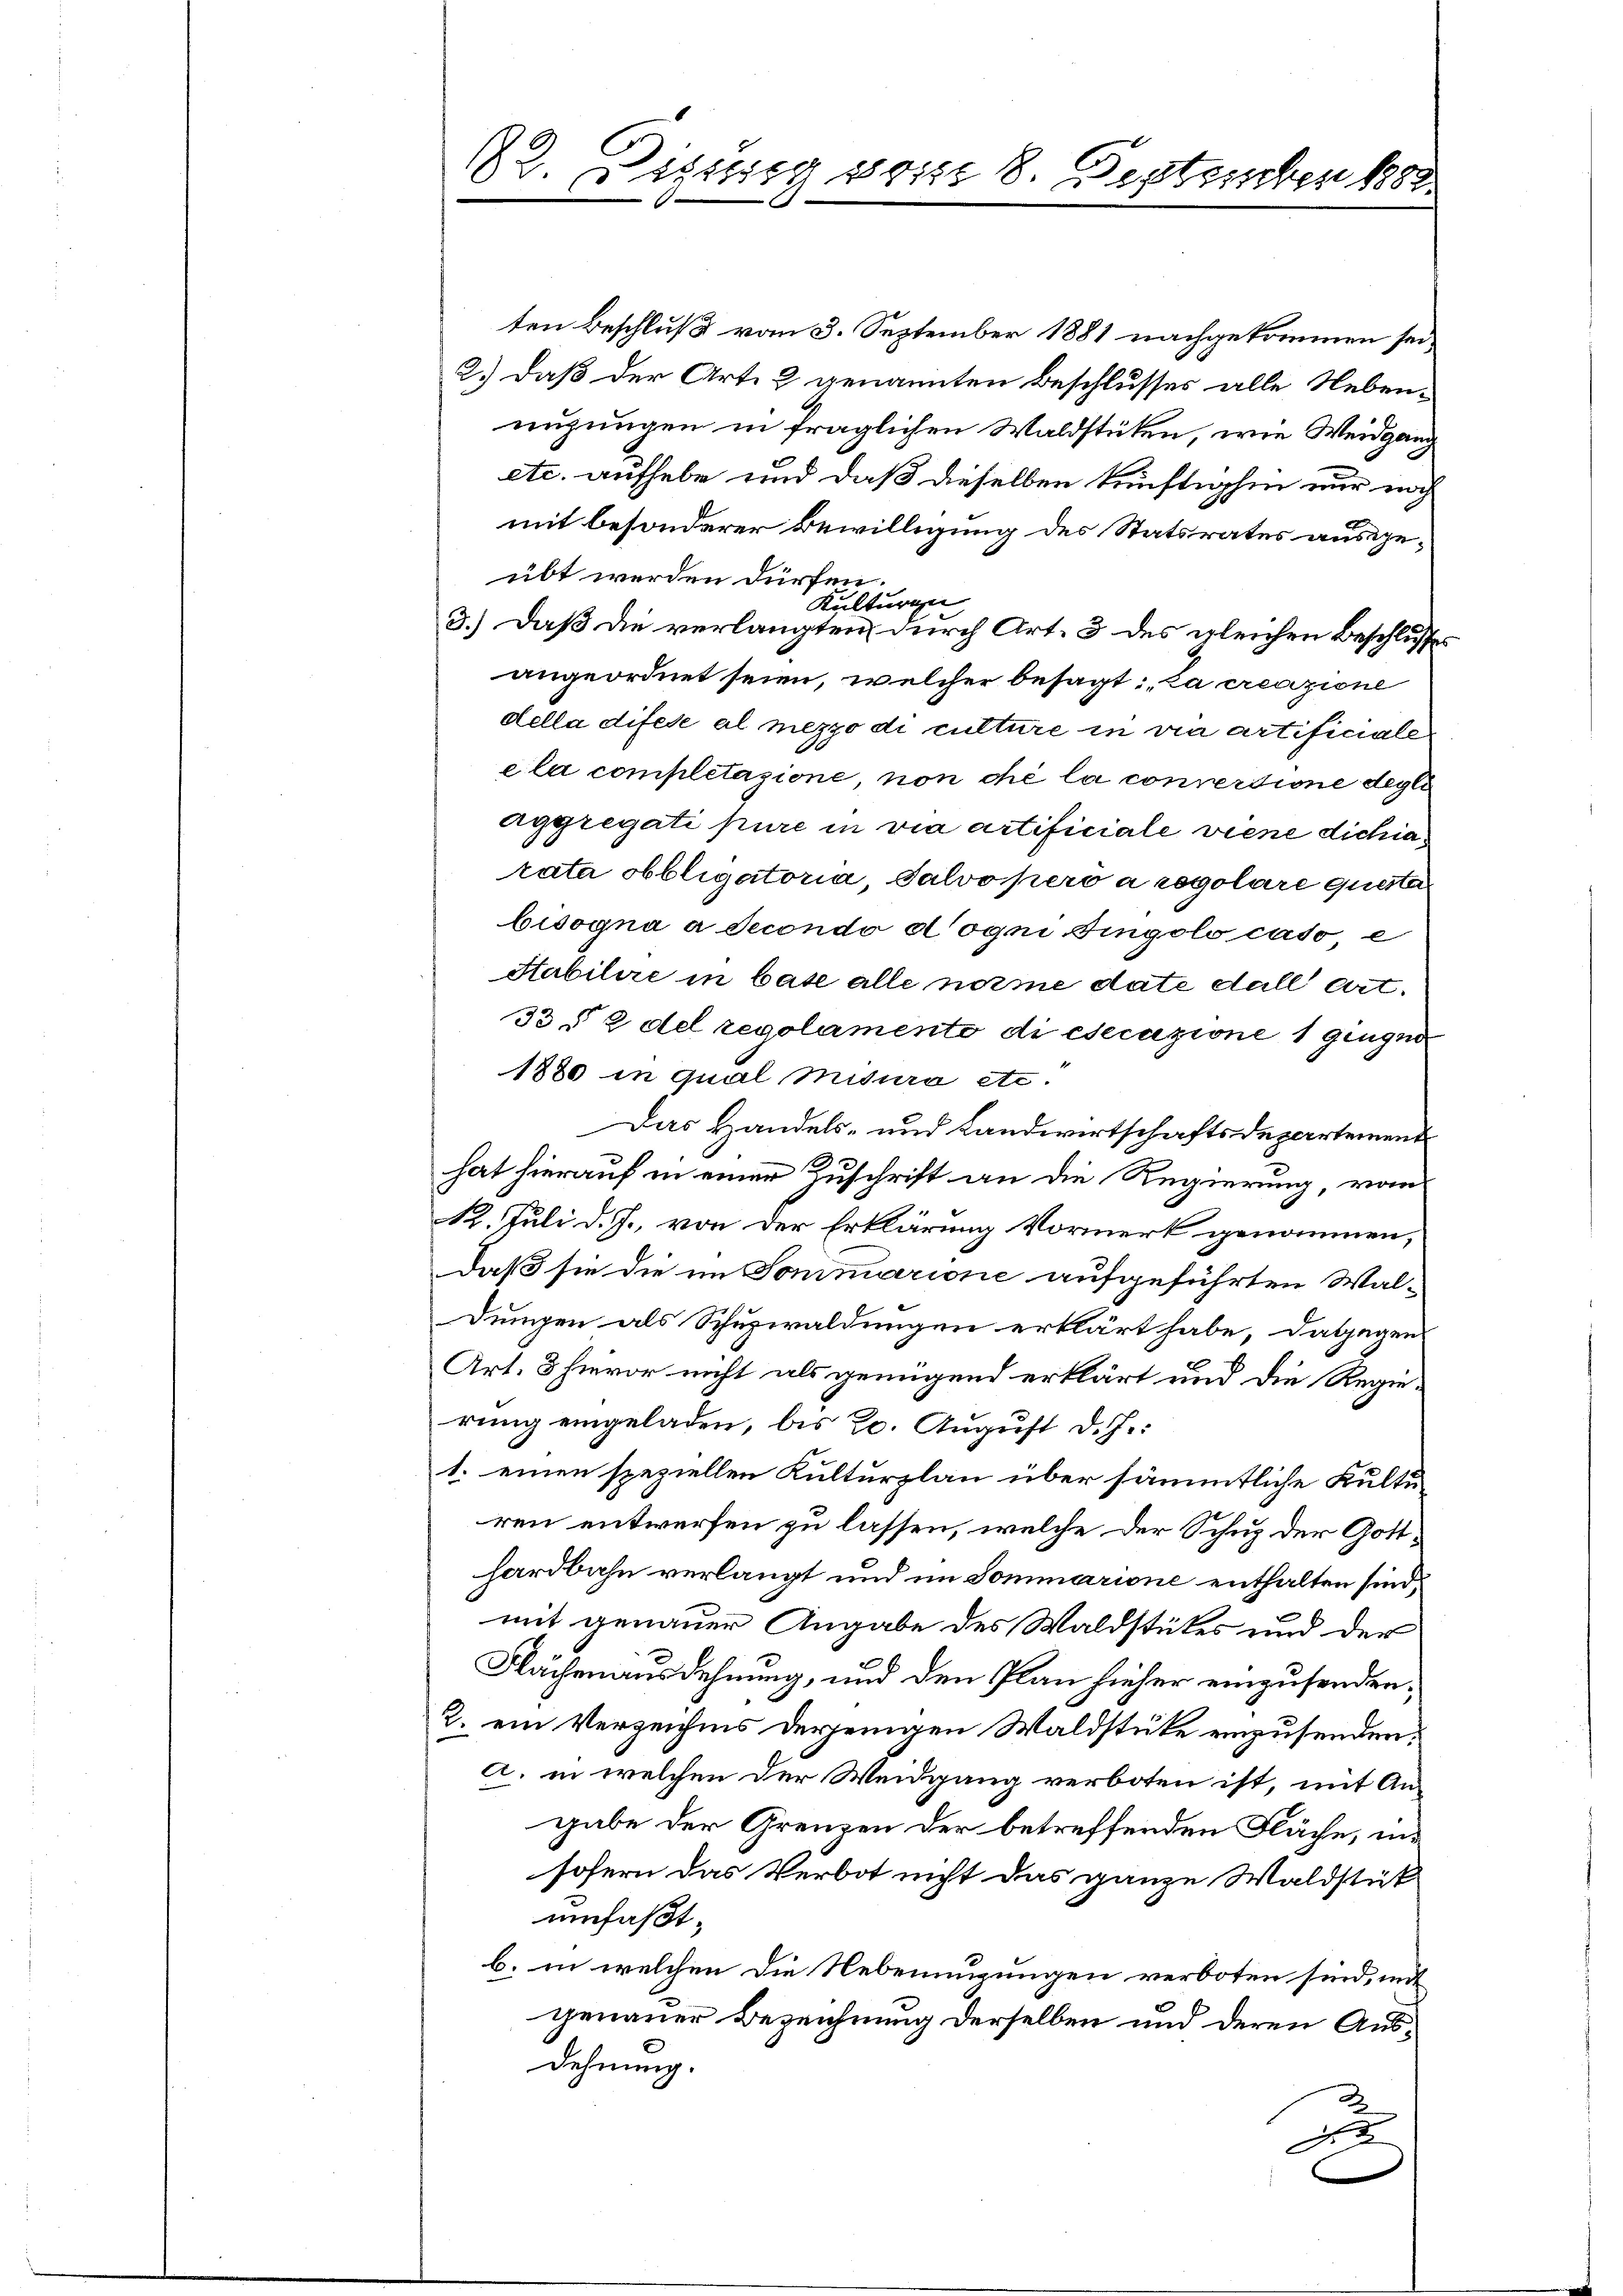
ten Beschluß vom 3. September 1881 nachgekommen sei,
2.) Daß der Art. 2 genannten Beschlusses alle Nebennuzungen in fraglichen Waldstüken, wie Weidgang
etc. aufhebe und daß dieselben künftighin nur noch
mit besonderer Bewilligung des Statsrates ausgeübt werden dürfen.
Kulturge
3.) Daß die verlangten durch Art. 3 des gleichen Beschlusses
angeordnet seien, welcher besagt: „La creazione
della difese al mezzo di culture in vie artificiale
ela completazione, non che la convertione degli
aggregati pure in via artificiale viene dichiarata obbligatoria, Salvopero a regolare quester
bisogna a Jecondo dogni Fingolo caso e
Habilire in base alle norme date dall Art.
33 § 2 del regolamente di esecuzione 1 gingen
1880 in qual misura etc.
Das Handels- und Landwirtschaftsdepartement
hat hierauf in einer Zuschrift an die Regierung, vo
12. Juli d. J., von der Erklärung Vormerk genommen,
daß sie die im Sommarione aufgeführten Wal-
dungen als Schuzwaldungen erklärt habe, dagegens
Art. 3 hievor nicht als genügend erklärt und die Regie-
rung eingeladen, bis 20. August d. J.
1. einen speziellen Kulturzlau über sämmtliche Kulturen entwerfen zu lassen, welche der Schup der Gotthardbahn verlangt und im Sommarione enthalten sind,
mit genauer Angabe des Waldstükes und der
Flächenausdehnung, und den Plan hieher einzusenden;
2. ein Verzeichnis derjenigen Waldstüke einzusenden.
a. in welchen der Weidgang verboten ist, mit Angabe der Grenzen der betreffenden Fläche, insofern das Verbot nicht das ganze Waldstück
umfaßt.
b. in welchen die Nebeneigungen verboten sind, mit
genauer Bezeichnung derselben und deren Ausdehnung.
u

82. Diessen soie 8. September 1882
4